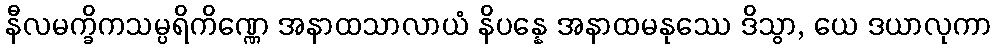
နီလမက္ခိကသမ္ပရိကိဏ္ဏေ အနာထသာလာယံ နိပန္နေ အနာထမနုဿေ ဒိသွာ, ယေ ဒယာလုကာ